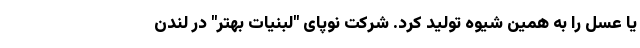
یا عسل را به همین شیوه تولید کرد. شرکت نوپای "لبنیات بهتر" در لندن